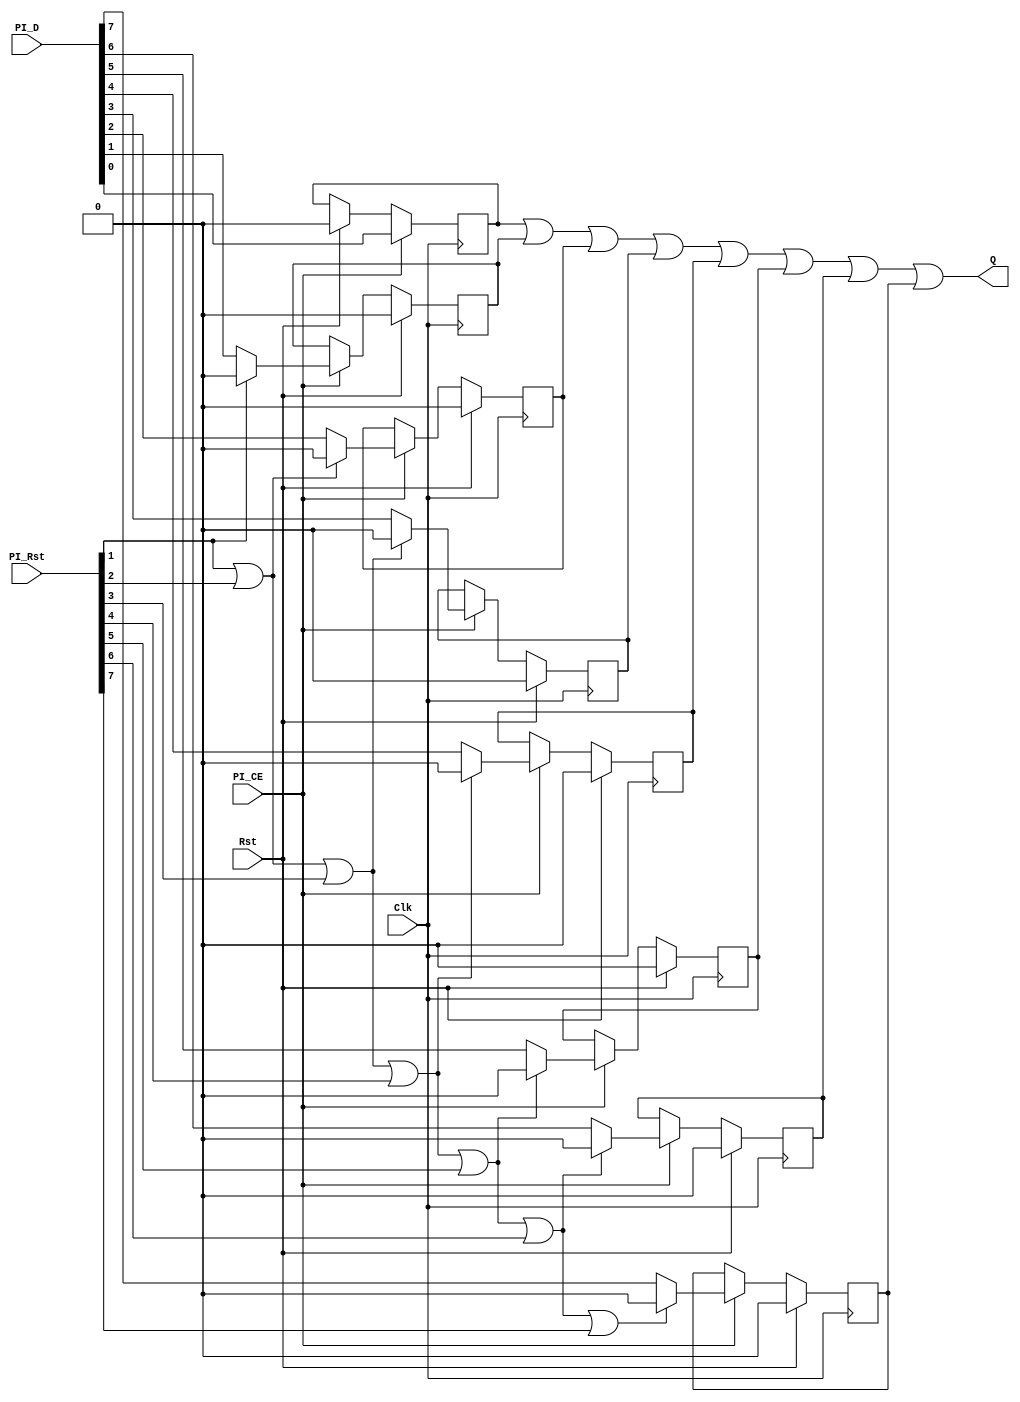
//-----------------------------------------------------------------------------
//-- (c) Copyright 2006 - 2009 Xilinx, Inc. All rights reserved.
//--
//-- This file contains confidential and proprietary information
//-- of Xilinx, Inc. and is protected under U.S. and
//-- international copyright and other intellectual property
//-- laws.
//--
//-- DISCLAIMER
//-- This disclaimer is not a license and does not grant any
//-- rights to the materials distributed herewith. Except as
//-- otherwise provided in a valid license issued to you by
//-- Xilinx, and to the maximum extent permitted by applicable
//-- law: (1) THESE MATERIALS ARE MADE AVAILABLE "AS IS" AND
//-- WITH ALL FAULTS, AND XILINX HEREBY DISCLAIMS ALL WARRANTIES
//-- AND CONDITIONS, EXPRESS, IMPLIED, OR STATUTORY, INCLUDING
//-- BUT NOT LIMITED TO WARRANTIES OF MERCHANTABILITY, NON-
//-- INFRINGEMENT, OR FITNESS FOR ANY PARTICULAR PURPOSE; and
//-- (2) Xilinx shall not be liable (whether in contract or tort,
//-- including negligence, or under any other theory of
//-- liability) for any loss or damage of any kind or nature
//-- related to, arising under or in connection with these
//-- materials, including for any direct, or any indirect,
//-- special, incidental, or consequential loss or damage
//-- (including loss of data, profits, goodwill, or any type of
//-- loss or damage suffered as a result of any action brought
//-- by a third party) even if such damage or loss was
//-- reasonably foreseeable or Xilinx had been advised of the
//-- possibility of the same.
//--
//-- CRITICAL APPLICATIONS
//-- Xilinx products are not designed or intended to be fail-
//-- safe, or for use in any application requiring fail-safe
//-- performance, such as life-support or safety devices or
//-- systems, Class III medical devices, nuclear facilities,
//-- applications related to the deployment of airbags, or any
//-- other applications that could lead to death, personal
//-- injury, or severe property or environmental damage
//-- (individually and collectively, "Critical
//-- Applications"). Customer assumes the sole risk and
//-- liability of any use of Xilinx products in Critical
//-- Applications, subject only to applicable laws and
//-- regulations governing limitations on product liability.
//--
//-- THIS COPYRIGHT NOTICE AND DISCLAIMER MUST BE RETAINED AS
//-- PART OF THIS FILE AT ALL TIMES.
//-----------------------------------------------------------------------------
//
// Description: Priority encoder for arbiter.
//   
//--------------------------------------------------------------------------
//
// Structure:
//   mpmc_ctrl_path
//     ctrl_path
//     arbiter
//       arb_acknowledge
//       arb_bram_addr
//       arb_pattern_start
//         arb_req_pending_muxes
//         high_priority_select
//       arb_which_port
//         arb_req_pending_muxes
//         high_priority_select
//       arb_pattern_type
//         arb_pattern_type_muxes
//         arb_pattern_type_fifo
//         high_priority_select
//           mpmc_ctrl_path_fifo (currently used, better for output timing)
//           fifo_4 (not used, better for area)
//             fifo_32_rdcntr
//
//--------------------------------------------------------------------------
// History:
//
//--------------------------------------------------------------------------
`timescale 1ns/1ns

module high_priority_select
  (
   Clk,     // I
   Rst,     // I
   PI_D,    // I [C_NUM_PORTS-1:0]
   PI_CE,   //
   PI_Rst,  // I [C_NUM_PORTS-1:0]
   Q        // O
   );

   parameter C_FAMILY = "virtex4";
   parameter C_NUM_PORTS = 8;  // Allowed Values: 1-8
   parameter C_PI_D_WIDTH = 1; // Allowed Values: Any integer
   
   input                                Clk;
   input                                Rst;
   input [C_NUM_PORTS*C_PI_D_WIDTH-1:0] PI_D;
   input                                PI_CE;
   input [C_NUM_PORTS-1:0]              PI_Rst;
   output [C_PI_D_WIDTH-1:0]            Q;
                   
   reg [C_NUM_PORTS*C_PI_D_WIDTH-1:0]   pi_q_i = 0;
   wire [C_NUM_PORTS-1:0]               pi_ff_rst;
   
   genvar i;

   // Instanitate FFs
   
   always @(posedge Clk) begin
      if (Rst)
        pi_q_i[C_PI_D_WIDTH-1:0] <= 0;
      if (PI_CE)
        pi_q_i[C_PI_D_WIDTH-1:0] <=  PI_D[C_PI_D_WIDTH-1:0];
   end

   generate
     if (C_NUM_PORTS > 1) begin : instantiate_ff1
         always @(posedge Clk) begin
           if (Rst)
             pi_q_i[C_PI_D_WIDTH*2-1:C_PI_D_WIDTH] <= 0;
	   else if (PI_CE)
	     if (PI_Rst[1])
	       pi_q_i[C_PI_D_WIDTH*2-1:C_PI_D_WIDTH] <= 0;
             else
               pi_q_i[C_PI_D_WIDTH*2-1:C_PI_D_WIDTH] <=  PI_D[C_PI_D_WIDTH*2-1:C_PI_D_WIDTH];
         end
      end
   endgenerate
   
   generate
      if (C_NUM_PORTS > 2) begin : instantiate_ff2
         always @(posedge Clk) begin
           if (Rst)
             pi_q_i[C_PI_D_WIDTH*3-1:C_PI_D_WIDTH*2] <= 0;
           else if (PI_CE)
             if (PI_Rst[1] | PI_Rst[2])
               pi_q_i[C_PI_D_WIDTH*3-1:C_PI_D_WIDTH*2] <= 0;
             else
               pi_q_i[C_PI_D_WIDTH*3-1:C_PI_D_WIDTH*2] <=  PI_D[C_PI_D_WIDTH*3-1:C_PI_D_WIDTH*2];
         end
      end
   endgenerate
   
   generate
      if (C_NUM_PORTS > 3) begin : instantiate_ff3
         always @(posedge Clk) begin
            if (Rst)
              pi_q_i[C_PI_D_WIDTH*4-1:C_PI_D_WIDTH*3] <= 0;
            else if (PI_CE)
              if (PI_Rst[1] | PI_Rst[2] | PI_Rst[3])
		pi_q_i[C_PI_D_WIDTH*4-1:C_PI_D_WIDTH*3] <= 0;
              else
		pi_q_i[C_PI_D_WIDTH*4-1:C_PI_D_WIDTH*3] <=  PI_D[C_PI_D_WIDTH*4-1:C_PI_D_WIDTH*3];
         end
      end
   endgenerate
   
   generate
      if (C_NUM_PORTS > 4) begin : instantiate_ff4
         always @(posedge Clk) begin
            if (Rst)
              pi_q_i[C_PI_D_WIDTH*5-1:C_PI_D_WIDTH*4] <= 0;
            else if (PI_CE)
              if (PI_Rst[1] | PI_Rst[2] | PI_Rst[3] | PI_Rst[4])
		pi_q_i[C_PI_D_WIDTH*5-1:C_PI_D_WIDTH*4] <= 0;
              else
		pi_q_i[C_PI_D_WIDTH*5-1:C_PI_D_WIDTH*4] <=  PI_D[C_PI_D_WIDTH*5-1:C_PI_D_WIDTH*4];
         end
      end
   endgenerate
   
   generate
      if (C_NUM_PORTS > 5) begin : instantiate_ff5
         always @(posedge Clk) begin
            if (Rst)
              pi_q_i[C_PI_D_WIDTH*6-1:C_PI_D_WIDTH*5] <= 0;
            else if (PI_CE)
              if (PI_Rst[1] | PI_Rst[2] | PI_Rst[3] | PI_Rst[4] | PI_Rst[5])
		pi_q_i[C_PI_D_WIDTH*6-1:C_PI_D_WIDTH*5] <= 0;
              else
		pi_q_i[C_PI_D_WIDTH*6-1:C_PI_D_WIDTH*5] <=  PI_D[C_PI_D_WIDTH*6-1:C_PI_D_WIDTH*5];
         end
      end
   endgenerate
   
   generate
      if (C_NUM_PORTS > 6) begin : instantiate_ff6
         always @(posedge Clk) begin
            if (Rst)
              pi_q_i[C_PI_D_WIDTH*7-1:C_PI_D_WIDTH*6] <= 0;
            else if (PI_CE)
              if (PI_Rst[1] | PI_Rst[2] | PI_Rst[3] | PI_Rst[4] | PI_Rst[5] | PI_Rst[6])
		pi_q_i[C_PI_D_WIDTH*7-1:C_PI_D_WIDTH*6] <= 0;
              else
		pi_q_i[C_PI_D_WIDTH*7-1:C_PI_D_WIDTH*6] <=  PI_D[C_PI_D_WIDTH*7-1:C_PI_D_WIDTH*6];
         end
      end
   endgenerate
   
   generate
      if (C_NUM_PORTS > 7) begin : instantiate_ff7
         always @(posedge Clk) begin
            if (Rst)
              pi_q_i[C_PI_D_WIDTH*8-1:C_PI_D_WIDTH*7] <= 0;
            else if (PI_CE)
              if (PI_Rst[1] | PI_Rst[2] | PI_Rst[3] | PI_Rst[4] | PI_Rst[5] | PI_Rst[6] | PI_Rst[7])
		pi_q_i[C_PI_D_WIDTH*8-1:C_PI_D_WIDTH*7] <= 0;
              else
		pi_q_i[C_PI_D_WIDTH*8-1:C_PI_D_WIDTH*7] <=  PI_D[C_PI_D_WIDTH*8-1:C_PI_D_WIDTH*7];
         end
      end
   endgenerate

   // Instantiate OR Gate
     
   generate
      if (C_NUM_PORTS==1 && ((C_FAMILY=="virtex5") || (C_FAMILY=="virtex4") || (C_FAMILY == "virtex2p") || (C_FAMILY == "spartan3") || (C_FAMILY == "spartan3a") || (C_FAMILY == "spartan3e"))) begin : instantiate_or_for_1_port
         assign Q = pi_q_i[C_PI_D_WIDTH-1:0];
      end
      else if (C_NUM_PORTS==2 && ((C_FAMILY=="virtex5") || (C_FAMILY=="virtex4") || (C_FAMILY == "virtex2p") || (C_FAMILY == "spartan3") || (C_FAMILY == "spartan3a") || (C_FAMILY == "spartan3e"))) begin : instantiate_or_for_2_ports
         for (i=0;i<C_PI_D_WIDTH;i=i+1) begin : instantiate_or_for_2_ports_loop
            OR2 OR2_0
              (.O (Q[i]),
               .I0 (pi_q_i[i]),
               .I1 (pi_q_i[C_PI_D_WIDTH+i])
               );
         end
      end
      else if (C_NUM_PORTS==3 && ((C_FAMILY=="virtex5") || (C_FAMILY=="virtex4") || (C_FAMILY == "virtex2p") || (C_FAMILY == "spartan3") || (C_FAMILY == "spartan3a") || (C_FAMILY == "spartan3e"))) begin : instantiate_or_for_3_ports
         for (i=0;i<C_PI_D_WIDTH;i=i+1) begin : instantiate_or_for_3_ports_loop
            OR3 OR3_0
              (.O (Q[i]),
               .I0 (pi_q_i[i]),
               .I1 (pi_q_i[C_PI_D_WIDTH+i]),
               .I2 (pi_q_i[C_PI_D_WIDTH*2+i])
               );
         end
      end
      else if (C_NUM_PORTS==4 && ((C_FAMILY=="virtex5") || (C_FAMILY=="virtex4") || (C_FAMILY == "virtex2p") || (C_FAMILY == "spartan3") || (C_FAMILY == "spartan3a") || (C_FAMILY == "spartan3e"))) begin : instantiate_or_for_4_ports
         for (i=0;i<C_PI_D_WIDTH;i=i+1) begin : instantiate_or_for_4_ports_loop
            OR4 OR4_0
              (.O (Q[i]),
               .I0 (pi_q_i[i]),
               .I1 (pi_q_i[C_PI_D_WIDTH+i]),
               .I2 (pi_q_i[C_PI_D_WIDTH*2+i]),
               .I3 (pi_q_i[C_PI_D_WIDTH*3+i])
               );
         end
      end
      else if (C_NUM_PORTS==1) begin : instantiate_or_for_1_port
         assign
           Q = 
               pi_q_i[C_PI_D_WIDTH-1:0];
       end
      else if (C_NUM_PORTS==2) begin : instantiate_or_for_2_ports
         assign
           Q = 
               pi_q_i[C_PI_D_WIDTH-1:0] |
               pi_q_i[C_PI_D_WIDTH*2-1:C_PI_D_WIDTH];
      end
      else if (C_NUM_PORTS==3) begin : instantiate_or_for_3_ports
         assign
           Q = 
               pi_q_i[C_PI_D_WIDTH-1:0] |
               pi_q_i[C_PI_D_WIDTH*2-1:C_PI_D_WIDTH] |
               pi_q_i[C_PI_D_WIDTH*3-1:C_PI_D_WIDTH*2];
      end
      else if (C_NUM_PORTS==4) begin : instantiate_or_for_4_ports
         assign
           Q = 
               pi_q_i[C_PI_D_WIDTH-1:0] |
               pi_q_i[C_PI_D_WIDTH*2-1:C_PI_D_WIDTH] |
               pi_q_i[C_PI_D_WIDTH*3-1:C_PI_D_WIDTH*2] | 
               pi_q_i[C_PI_D_WIDTH*4-1:C_PI_D_WIDTH*3];
      end
      else if (C_NUM_PORTS==5) begin : instantiate_or_for_5_ports
         assign
           Q = 
               pi_q_i[C_PI_D_WIDTH-1:0] |
               pi_q_i[C_PI_D_WIDTH*2-1:C_PI_D_WIDTH] |
               pi_q_i[C_PI_D_WIDTH*3-1:C_PI_D_WIDTH*2] | 
               pi_q_i[C_PI_D_WIDTH*4-1:C_PI_D_WIDTH*3] |
               pi_q_i[C_PI_D_WIDTH*5-1:C_PI_D_WIDTH*4];
      end
      else if (C_NUM_PORTS==6) begin : instantiate_or_for_6_ports
         assign
           Q = 
               pi_q_i[C_PI_D_WIDTH-1:0] |
               pi_q_i[C_PI_D_WIDTH*2-1:C_PI_D_WIDTH] |
               pi_q_i[C_PI_D_WIDTH*3-1:C_PI_D_WIDTH*2] | 
               pi_q_i[C_PI_D_WIDTH*4-1:C_PI_D_WIDTH*3] |
               pi_q_i[C_PI_D_WIDTH*5-1:C_PI_D_WIDTH*4] |
               pi_q_i[C_PI_D_WIDTH*6-1:C_PI_D_WIDTH*5];
      end
      else if (C_NUM_PORTS==7) begin : instantiate_or_for_7_ports
         assign
           Q = 
               pi_q_i[C_PI_D_WIDTH-1:0] |
               pi_q_i[C_PI_D_WIDTH*2-1:C_PI_D_WIDTH] |
               pi_q_i[C_PI_D_WIDTH*3-1:C_PI_D_WIDTH*2] | 
               pi_q_i[C_PI_D_WIDTH*4-1:C_PI_D_WIDTH*3] |
               pi_q_i[C_PI_D_WIDTH*5-1:C_PI_D_WIDTH*4] |
               pi_q_i[C_PI_D_WIDTH*6-1:C_PI_D_WIDTH*5] |
               pi_q_i[C_PI_D_WIDTH*7-1:C_PI_D_WIDTH*6];
      end
      else if (C_NUM_PORTS==8) begin : instantiate_or_for_8_ports
         assign
           Q = 
               pi_q_i[C_PI_D_WIDTH-1:0] |
               pi_q_i[C_PI_D_WIDTH*2-1:C_PI_D_WIDTH] |
               pi_q_i[C_PI_D_WIDTH*3-1:C_PI_D_WIDTH*2] | 
               pi_q_i[C_PI_D_WIDTH*4-1:C_PI_D_WIDTH*3] |
               pi_q_i[C_PI_D_WIDTH*5-1:C_PI_D_WIDTH*4] |
               pi_q_i[C_PI_D_WIDTH*6-1:C_PI_D_WIDTH*5] |
               pi_q_i[C_PI_D_WIDTH*7-1:C_PI_D_WIDTH*6] |
               pi_q_i[C_PI_D_WIDTH*8-1:C_PI_D_WIDTH*7];
      end
   endgenerate

endmodule // high_priority_select